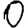
Digit: 0